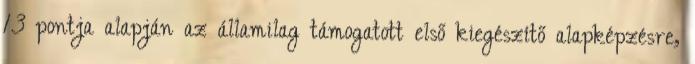
13 pontja alapján az államilag támogatott első kiegészítő alapképzésre,